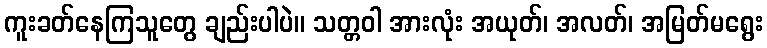
ကူးခတ်နေကြသူတွေ ချည်းပါပဲ။ သတ္တဝါ အားလုံး အယုတ်၊ အလတ်၊ အမြတ်မရွေး